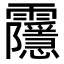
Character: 䨸